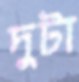
দুটা